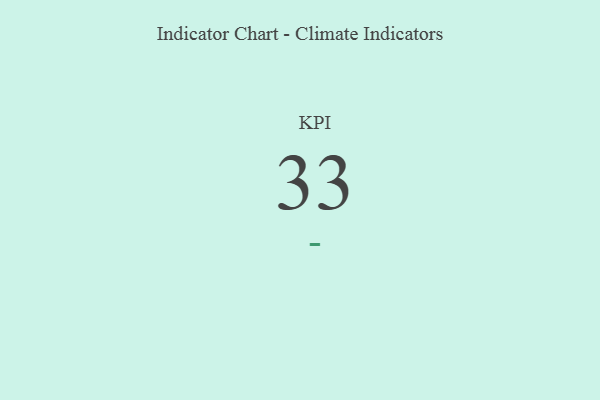
{"axis": {"x": "KPI", "y": "Value"}, "legend": [""], "data": [{"x": "KPI", "y": 33, "type": ""}]}